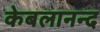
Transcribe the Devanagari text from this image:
केबलानन्द